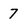
Character: 7